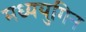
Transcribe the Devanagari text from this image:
मध्ययुगिन